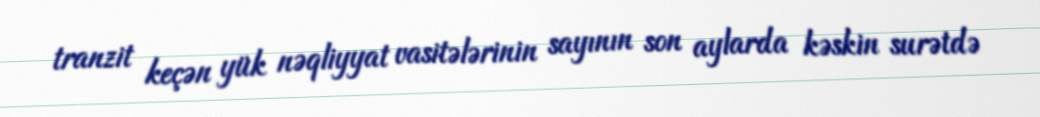
tranzit keçən yük nəqliyyat vasitələrinin sayının son aylarda kəskin surətdə